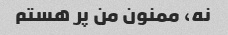
نه، ممنون من پر هستم